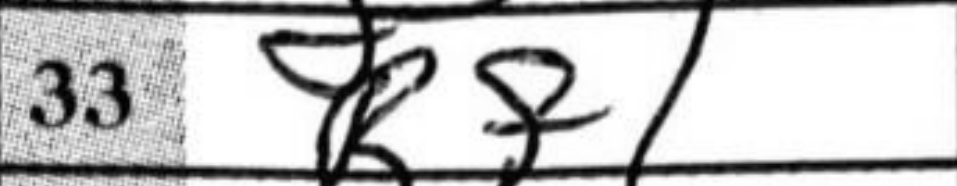
Transcription: Rf1